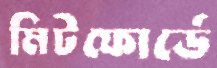
মিটফোর্ডে